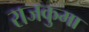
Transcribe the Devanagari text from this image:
राजकुमा